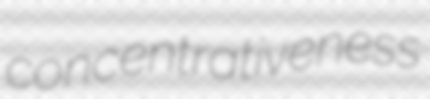
concentrativeness